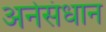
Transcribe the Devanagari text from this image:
अनेसंधान